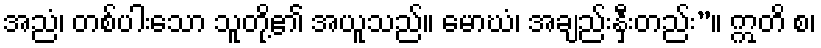
အညံ၊ တစ်ပါးသော သူတို့၏ အယူသည်။ မောဃံ၊ အချည်းနှီးတည်း”။ ဣတိ စ၊